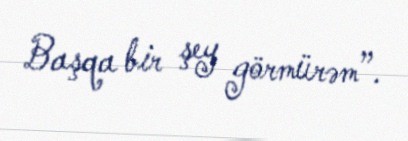
Başqa bir şey görmürəm”.